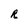
Character: R